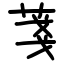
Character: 菚